Jaan_Tonisson_(Lasteleht), lk 266
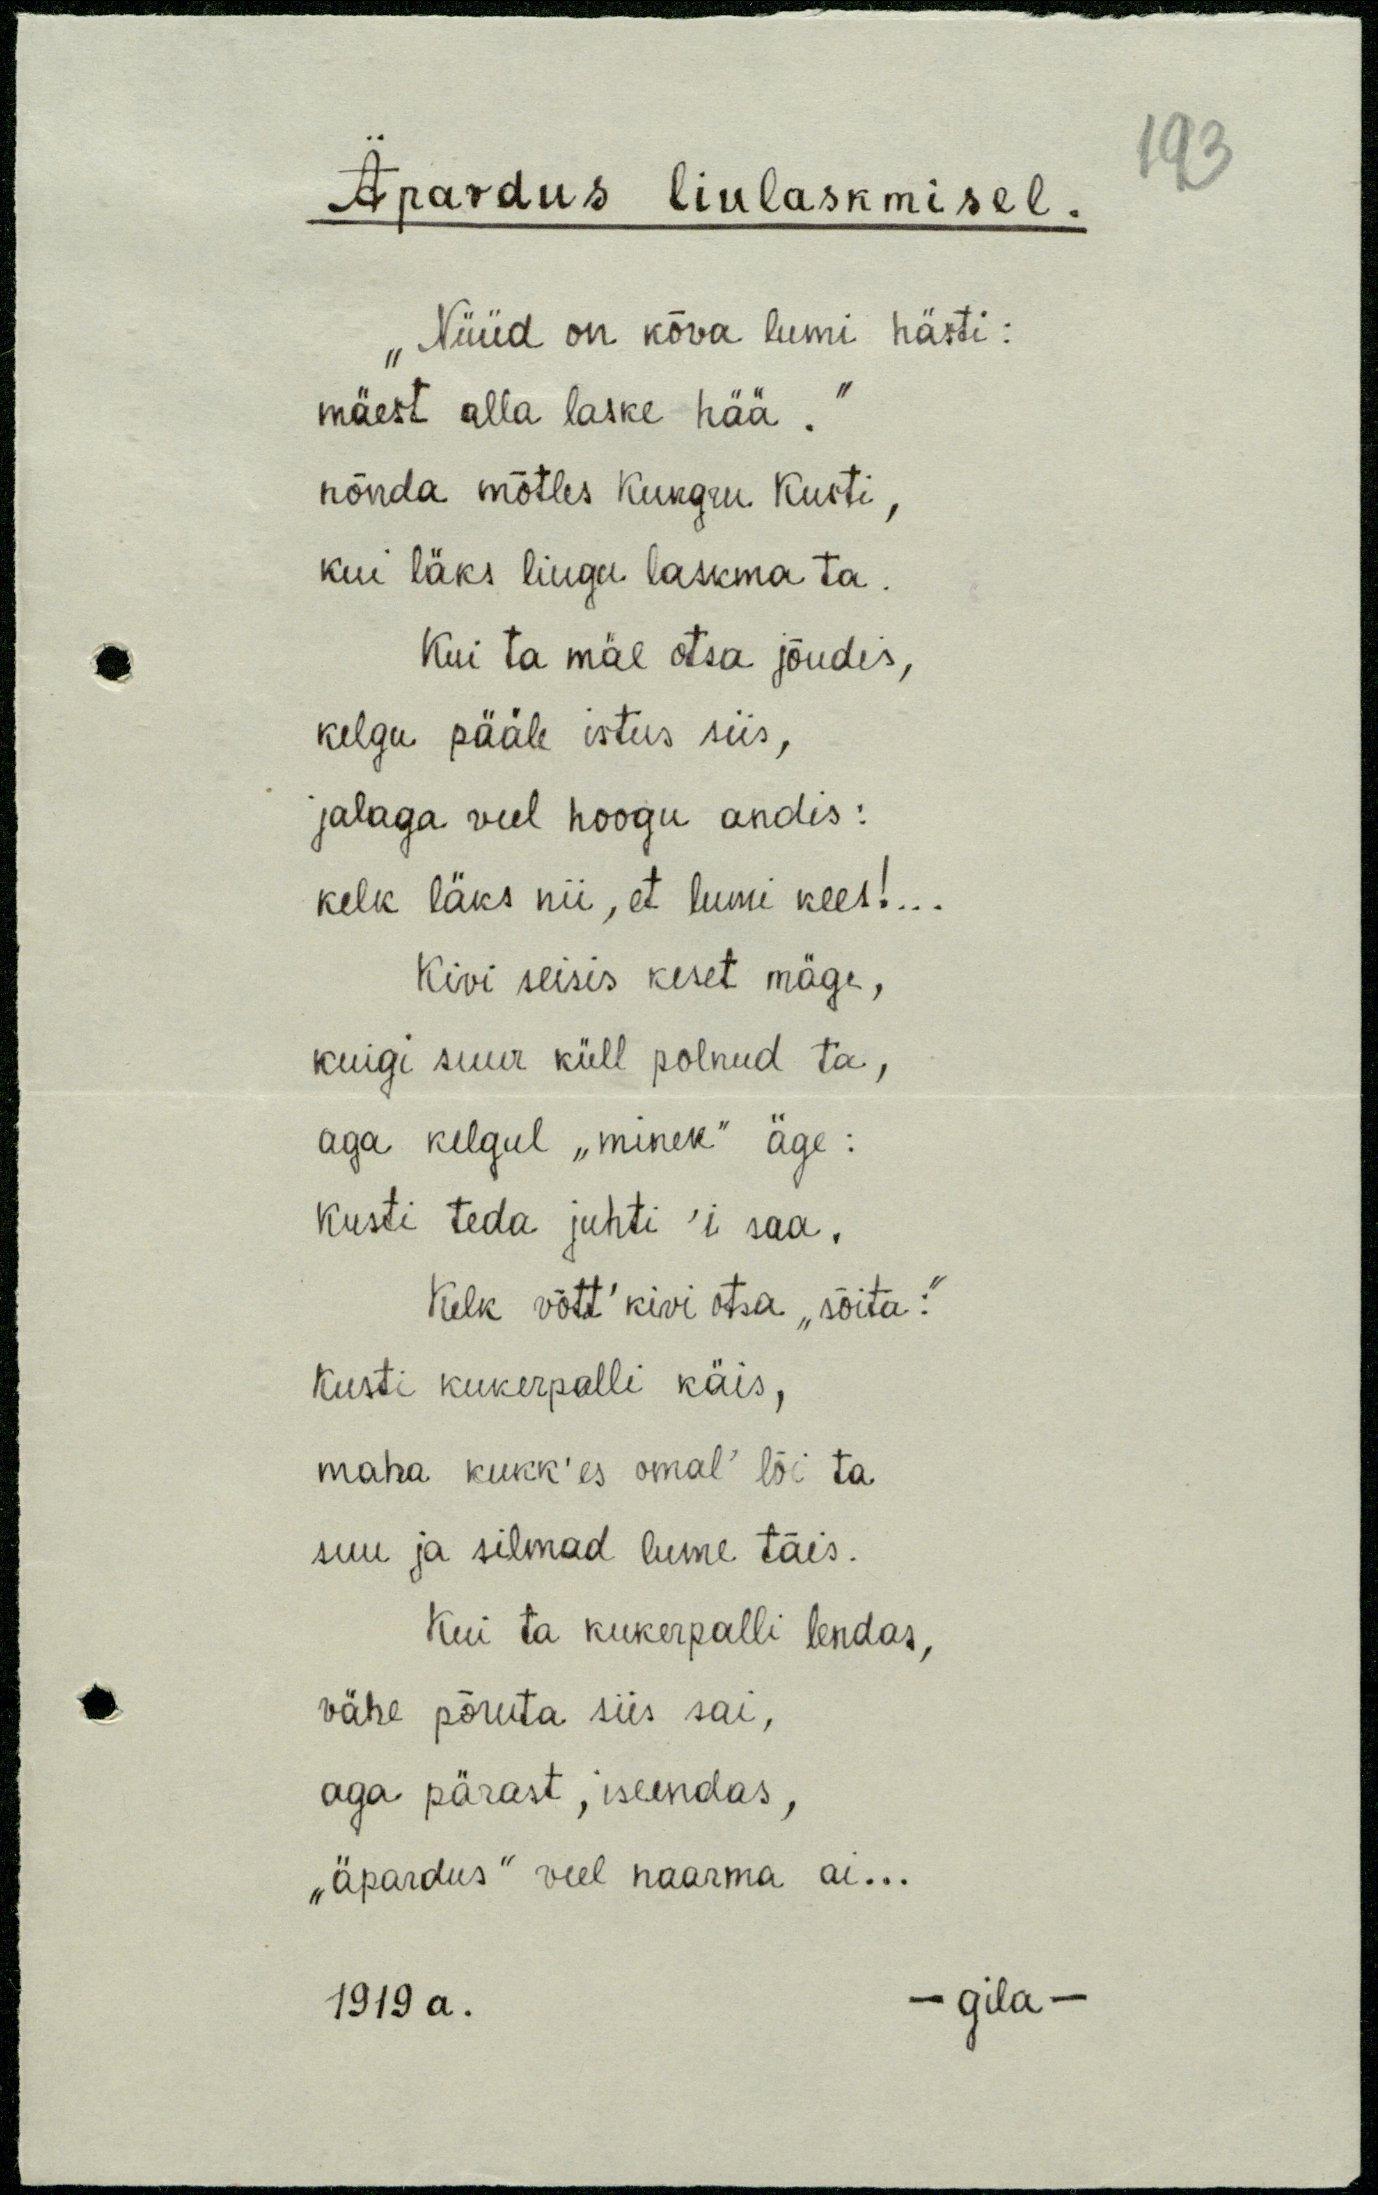
193

Äpardus liulaskmisel.
"Nüüd on kõva lumi hästi:
mäest alla laske hää."
nõnda mõtles Kungru Kusti,
kui läks liugu laskma ta.
Kui ta mäe otsa jõudis,
kelgu pääle istus siis,
jalaga veel hoogu andis:
kelk läks nii, et lumi kees!...
Kivi seisis keset mäge,
kuigi suur küll polnud ta,
aga kelgul "minek" äge:
kusti teda juhti 'i saa.
Kelk võtt' kivi otsa "sõita:"
Kusti kukerpalli käis,
maha kukk'es omal' lõi ta
suu ja silmad lume täis.
Kui ta kukerpalli lendas,
vähe põruta siis sai,
aga pärast, iseendas,
"äpardus" veel naarma ai...
1919 a.
-gila -